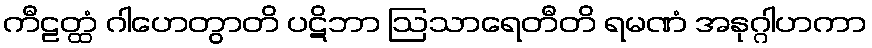
ကီဠတ္ထံ ဂါဟေတွာတိ ပဋိဘာ ဩသာရေတီတိ ရမဏံ အနုဂ္ဂါဟကာ